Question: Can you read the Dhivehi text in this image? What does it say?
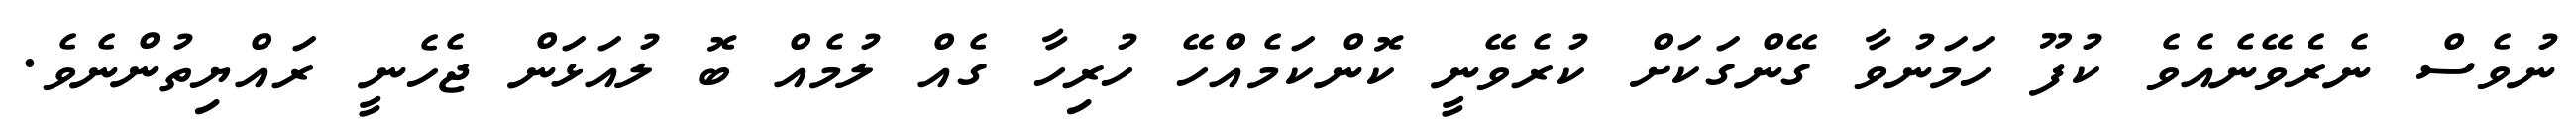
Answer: ނުވެސް ނެރެވޭނެއެވެ ކުފޫ ހަމަނުވާ ގޭންގަކަށް ކުރެވޭނީ ކޮންކަމެއްހޭ ހުރިހާ ގެއް ލުމެއް ބޮ ލުއަޅަން ޖެހެނީ ރައްޔިތުންނެވެ.